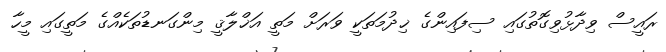
ރައީސް ވިދާޅުވިގޮތުގައި ސިފައިންގެ ޚިދުމަތަކީ ވަރަށް މަތީ އަޚްލާޤީ މިންގަނޑުތަކެއްގެ މަތީގައި މީހާ